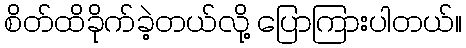
စိတ်ထိခိုက်ခဲ့တယ်လို့ ပြောကြားပါတယ်။